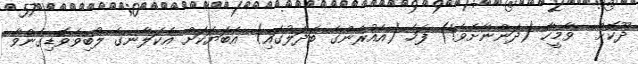
ދޫކޮށް  ވާމީހާ (ދަންނާށެވެ!) ފަހެ (އެއުރެންގެ ބަދަލުގައި) އެބަޔަކަށް އެކަލާނގެ ލޯބިވެވޮޑިގެންވާ